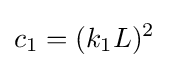
c_{1}=(k_{1}L)^{2}